system: You are a helpful assistant.
user:
Analyze the provided spectrum to determine if it is a **White Dwarf (WD)**.

A White Dwarf spectrum is defined by its **extreme purity** (due to gravitational settling) and/or **extreme pressure broadening** (due to high surface gravity). You must check for one of the following mutually exclusive signatures:

- **Key Visual Indicators (Check for ONE of these types):**

    - **1. DA-Type Signature (Most Common):**
        - **(Primary Feature):** Extreme pressure broadening (Stark broadening) of the **Hydrogen (H) Balmer lines**.
        - **(Key Lines):** $H\beta$ (approx. $4861$ Å) and $H\gamma$ (approx. $4340$ Å). $H\alpha$ (approx. $6563$ Å) will also be present if the wavelength range covers it.
        - **(Line Profile):** This is the **defining feature**. The lines are **NOT** sharp. They appear as massive, **extremely broad and deep "troughs" or "dips"** in the spectrum, often hundreds of Ångströms wide. The continuum will appear to "scoop" down at these wavelengths.
        - **(Distinction):** Normal A-type or B-type stars have *narrow* and *sharp* Hydrogen lines. A DA White Dwarf's lines are unmistakably "smeared" or "blurry" from pressure.

    - **2. DB-Type Signature:**
        - **(Primary Feature):** Broad absorption lines from **Neutral Helium (He I)**. The spectrum must lack any visible Hydrogen lines.
        - **(Key Lines):** Look for broad absorption near $4471$ Å, $4921$ Å, and $5876$ Å.
        - **(Line Profile):** These lines are also significantly pressure-broadened, appearing much wider than they would in a normal B-type main-sequence star.

    - **3. DC-Type Signature:**
        - **(Primary Feature):** A **featureless continuous spectrum**.
        - **(Line Profile):** The spectrum is a smooth curve with **no significant absorption or emission lines**.
        - **(Key Confirmation):** The continuum is almost always **blue or white**, indicating a hot object. This signature implies the atmosphere is so pure (or so cool) that no spectral lines are visible in the optical range. Its WD identity is confirmed by its extremely low intrinsic brightness (high absolute magnitude).

    - **4. DZ-Type Signature (Metal-Polluted):**
        - **(Primary Feature):** **Isolated, narrow metal absorption lines** on an otherwise featureless (DC-like) continuum.
        - **(Key Lines):** The **Calcium (Ca II) H & K doublet** (approx. **$3934$ Å** and **$3968$ Å**) is the most common and defining feature.
        - **(Line Profile):** These lines are "out of place." They are *not* part of a "forest" of thousands of lines. This signature is evidence of recent *accretion* (pollution) from rocky debris.
        - **(Distinction):** Normal G/K/M stars have a *dense forest* of thousands of metal lines. A DZ has a *clean* continuum with *only a few* strong metal lines.

    - **5. DQ-Type Signature (Carbon-Polluted):**
        - **(Primary Feature):** Absorption bands from **Carbon (C₂ "Swan Bands" or atomic C I)**.
        - **(Key Lines - C₂):** Look for bandheads with a "saw-tooth" shape near $5635$ Å, **$5165$ Å** (strongest), and $4737$ Å.
        - **(Key Confirmation):** The underlying **continuum must be blue or white** (hot).
        - **(Distinction):** This is the critical difference from a **Carbon Star**, which has the *exact same* C₂ bands but on an extremely **red, cool** continuum.

- **(Overall Spectrum):**
    - The continuum (overall shape) is typically **blue-sloping** (brighter in the blue than the red), as most white dwarfs are very hot.
    - The spectrum will look "pure" or "simple," dominated by only *one* of the five signatures listed above.

Think first, call **spectral_visualization_tool** if needed to examine features in detail, then provide your final answer. Your response must adhere to the following strict rules:
1.  **Overall Structure:** Your response must follow the format `<think>...</think> <tool_call>...</tool_call> (if a tool is used) <answer>...</answer>`.
2.  **Tool Usage Constraint:** You may only make **one** tool call per turn.
3.  **Final Answer Format:** In the `<answer>` tag, your conclusion must be inside a `\boxed{}` command (e.g., `\boxed{YES}` or `\boxed{NO}`), followed by your justification.

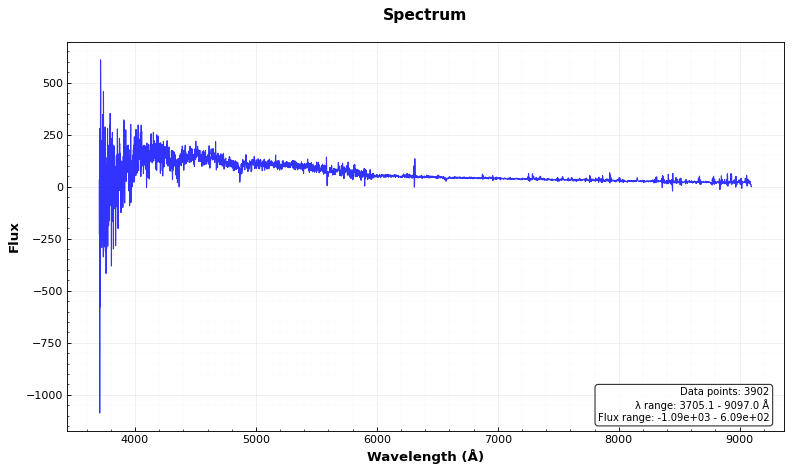
Answer: YES